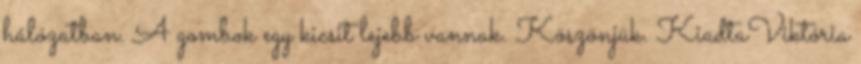
hálózatban. A gombok egy kicsit lejebb vannak. Köszönjük. KiadtaViktória